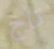
تاج